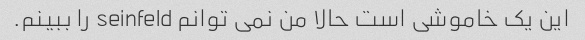
این یک خاموشی است حالا من نمی توانم seinfeld را ببینم.